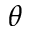
\theta